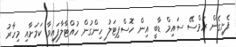
ފެށިގެން ރަމްސޭ ސައިމް ޑާބީ އިން ހޮސްޕިޓަލު ހިންގުން ހުއްޓާލާފައިވާ ކަމަށާއި މިހާރު